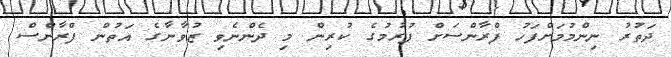
ދަތުރު ނިންމުމަށްފަހު ފްރާންސަށް ފުރުމުގެ ކުރިން މި ދެންނެވި ޒުވާނާގެ އަތުން ފްރާންސް